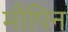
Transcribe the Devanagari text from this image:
मौपिन